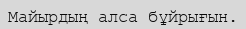
Майырдың алса бұйрығын.